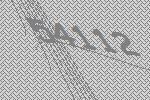
54112